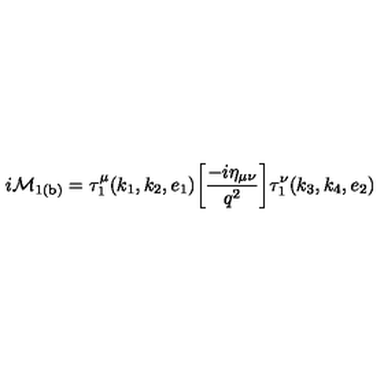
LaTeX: { i \cal M } _ { \mathrm { 1 ( b ) } } = \tau _ { 1 } ^ { \mu } ( k _ { 1 } , k _ { 2 } , e _ { 1 } ) \bigg [ \frac { - i { \eta } _ { \mu \nu } } { q ^ { 2 } } \bigg ] \tau _ { 1 } ^ { \nu } ( k _ { 3 } , k _ { 4 } , e _ { 2 } )